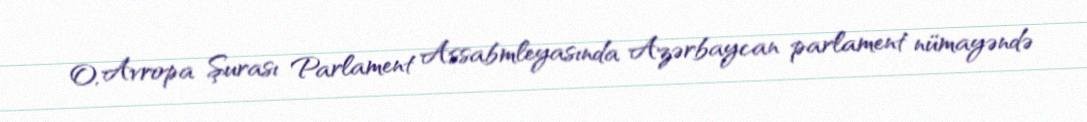
O, Avropa Şurası Parlament Assabmleyasında Azərbaycan parlament nümayəndə